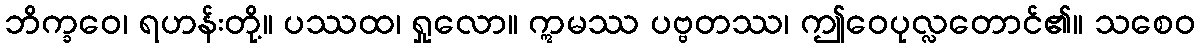
ဘိက္ခဝေ၊ ရဟန်းတို့။ ပဿထ၊ ရှုလော။ ဣမဿ ပဗ္ဗတဿ၊ ဤဝေပုလ္လတောင်၏။ သစေဝ